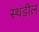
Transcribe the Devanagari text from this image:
स्थंडील